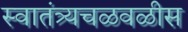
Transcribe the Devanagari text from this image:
स्वातंत्र्यचळवळीस